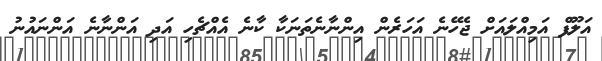
އަލޫފް އަމިއްލައަށް ޖެހޭނެ އަހަރެން އިންނާނެތަނަކާ ކާނެ އެއްޗެހި އަދި އަންނާނެ އަންނައުނު